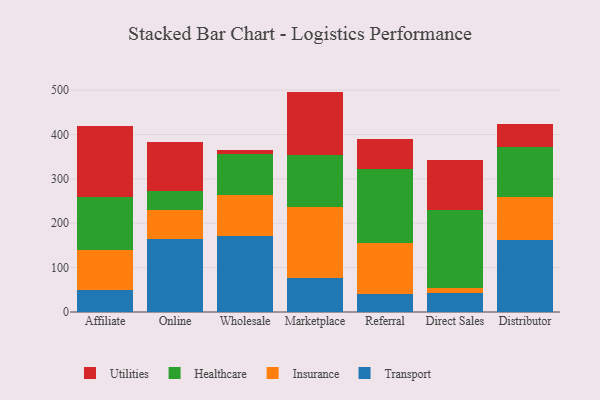
{"axis": {"x": "Channel", "y": "Active Users"}, "legend": ["Healthcare", "Insurance", "Transport", "Utilities"], "data": [{"x": "Affiliate", "y": 49.0, "type": "Transport"}, {"x": "Affiliate", "y": 90.8, "type": "Insurance"}, {"x": "Affiliate", "y": 120.2, "type": "Healthcare"}, {"x": "Affiliate", "y": 159.2, "type": "Utilities"}, {"x": "Online", "y": 163.5, "type": "Transport"}, {"x": "Online", "y": 67.0, "type": "Insurance"}, {"x": "Online", "y": 42.5, "type": "Healthcare"}, {"x": "Online", "y": 110.1, "type": "Utilities"}, {"x": "Wholesale", "y": 170.9, "type": "Transport"}, {"x": "Wholesale", "y": 91.7, "type": "Insurance"}, {"x": "Wholesale", "y": 92.4, "type": "Healthcare"}, {"x": "Wholesale", "y": 11.2, "type": "Utilities"}, {"x": "Marketplace", "y": 76.2, "type": "Transport"}, {"x": "Marketplace", "y": 160.3, "type": "Insurance"}, {"x": "Marketplace", "y": 117.7, "type": "Healthcare"}, {"x": "Marketplace", "y": 142.5, "type": "Utilities"}, {"x": "Referral", "y": 41.3, "type": "Transport"}, {"x": "Referral", "y": 113.8, "type": "Insurance"}, {"x": "Referral", "y": 167.0, "type": "Healthcare"}, {"x": "Referral", "y": 68.8, "type": "Utilities"}, {"x": "Direct Sales", "y": 42.2, "type": "Transport"}, {"x": "Direct Sales", "y": 11.7, "type": "Insurance"}, {"x": "Direct Sales", "y": 176.0, "type": "Healthcare"}, {"x": "Direct Sales", "y": 113.7, "type": "Utilities"}, {"x": "Distributor", "y": 161.9, "type": "Transport"}, {"x": "Distributor", "y": 97.3, "type": "Insurance"}, {"x": "Distributor", "y": 113.5, "type": "Healthcare"}, {"x": "Distributor", "y": 52.0, "type": "Utilities"}]}